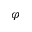
\varphi